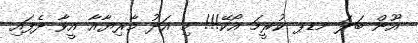
އޫން ބަލަ މޑޕ ކުރީމަ އޯކޭ!!! މި އަދު މާރިޔާއާ އީވާ ދެފައި